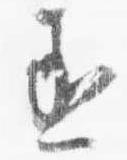
丞